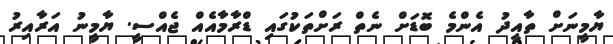
ޔާމީނަށް ތާއީދު އެންމެ ބޮޑަށް ނެތް ރަށްތަކުގައި ޑްރާމާއެއް ޖެއްސީ. ޔާމީނު އަރާއިރު